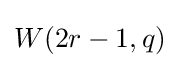
W(2r-1,q)